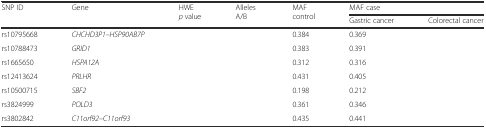
<table><thead><tr><td rowspan="2"><b>SNP ID</b></td><td rowspan="2"><b>Gene</b></td><td rowspan="2"><b>HWE <i>p</i> value</b></td><td rowspan="2"><b>Alleles A/B</b></td><td rowspan="2"><b>MAF control</b></td><td colspan="2"><b>MAF case</b></td></tr><tr><td><b>Gastric cancer</b></td><td><b>Colorectal cancer</b></td></tr></thead><tbody><tr><td>rs10795668</td><td><i>CHCHD3P1–HSP90AB7P</i></td><td>[EMPTY_CELL]</td><td>[EMPTY_CELL]</td><td>0.384</td><td>0.369</td><td>[EMPTY_CELL]</td></tr><tr><td>rs10788473</td><td><i>GRID1</i></td><td>[EMPTY_CELL]</td><td>[EMPTY_CELL]</td><td>0.383</td><td>0.391</td><td>[EMPTY_CELL]</td></tr><tr><td>rs1665650</td><td><i>HSPA12A</i></td><td>[EMPTY_CELL]</td><td>[EMPTY_CELL]</td><td>0.312</td><td>0.316</td><td>[EMPTY_CELL]</td></tr><tr><td>rs12413624</td><td><i>PRLHR</i></td><td>[EMPTY_CELL]</td><td>[EMPTY_CELL]</td><td>0.431</td><td>0.405</td><td>[EMPTY_CELL]</td></tr><tr><td>rs10500715</td><td><i>SBF2</i></td><td>[EMPTY_CELL]</td><td>[EMPTY_CELL]</td><td>0.198</td><td>0.212</td><td>[EMPTY_CELL]</td></tr><tr><td>rs3824999</td><td><i>POLD3</i></td><td>[EMPTY_CELL]</td><td>[EMPTY_CELL]</td><td>0.361</td><td>0.346</td><td>[EMPTY_CELL]</td></tr><tr><td>rs3802842</td><td><i>C11orf92–C11orf93</i></td><td>[EMPTY_CELL]</td><td>[EMPTY_CELL]</td><td>0.435</td><td>0.441</td><td>[EMPTY_CELL]</td></tr></tbody></table>